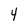
Character: 4